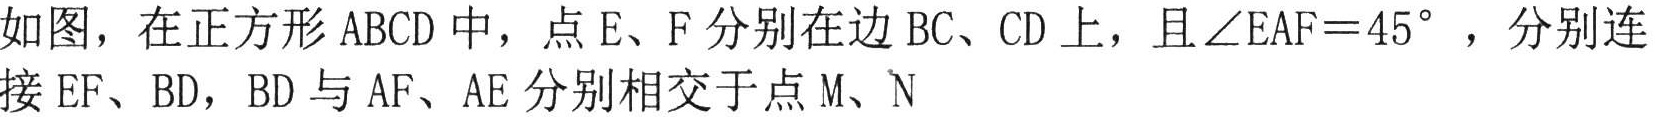
如图，在正方形 \(ABCD\) 中，点 \(E\)、\(F\) 分别在边 \(BC\)、\(CD\) 上，且 \(\angle EAF = 45^{\circ}\)，分别连接 \(EF\)、\(BD\)，\(BD\) 与 \(AF\)、\(AE\) 分别相交于点 \(M\)、\(N\)